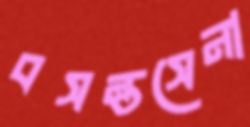
বসন্তসেনা